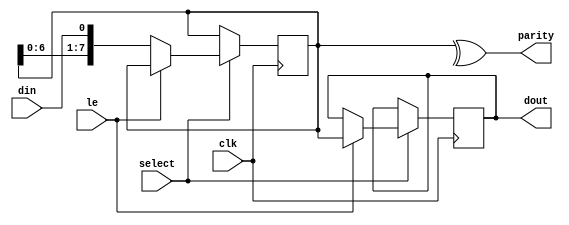
`ifndef _shift_sin_pout_vh_
`define _shift_sin_pout_vh_

// 8 bit serial in, parallel out shift register.
module shift_sin_pout(
    // clock input
    input clk,
	 // select line
	 input select,
    // latch data to expose internal shifter.
    input le,
    // input
    input din,
    // output
    output [0:7]dout,
	 // parity signal
	 output parity
);

reg [0:7] latch_q;
reg [0:7] shift_q;

always @(posedge clk) begin
  if (select) begin
    if (le) latch_q <= shift_q;
    else shift_q <= { shift_q[1:7], din };
  end
end

assign dout = latch_q;
assign parity = ^shift_q;

endmodule

`endif